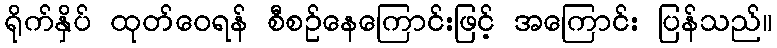
ရိုက်နှိပ် ထုတ်ဝေရန် စီစဉ်နေကြောင်းဖြင့် အကြောင်း ပြန်သည်။